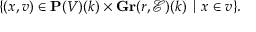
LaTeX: \{ ( x , v ) \in \mathbf { P } ( V ) ( k ) \times \mathbf { G r } ( r , { \mathcal { E } } ) ( k ) \mid x \in v \} .